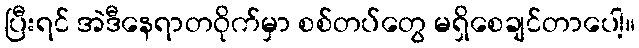
ပြီးရင် အဲဒီနေရာတဝိုက်မှာ စစ်တပ်တွေ မရှိစေချင်တာပေါ့။